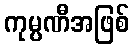
ကုမ္ပဏီအဖြစ်